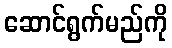
ဆောင်ရွက်မည်ကို